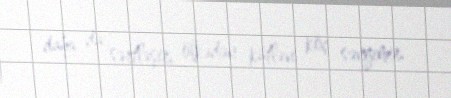
daha da sərtləşir, ölkədən kütləvi köç səngimir.